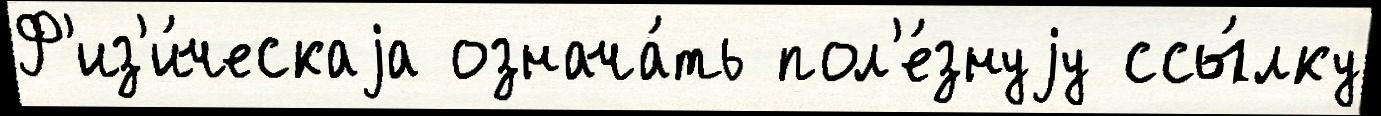
Ф'из'и́ческаjа означа́ть пол'е́знуjу ссы́лку